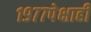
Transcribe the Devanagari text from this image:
१९७७पेक्षाही